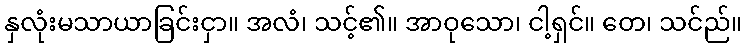
နှလုံးမသာယာခြင်းငှာ။ အလံ၊ သင့်၏။ အာဝုသော၊ ငါ့ရှင်။ တေ၊ သင်ည်။